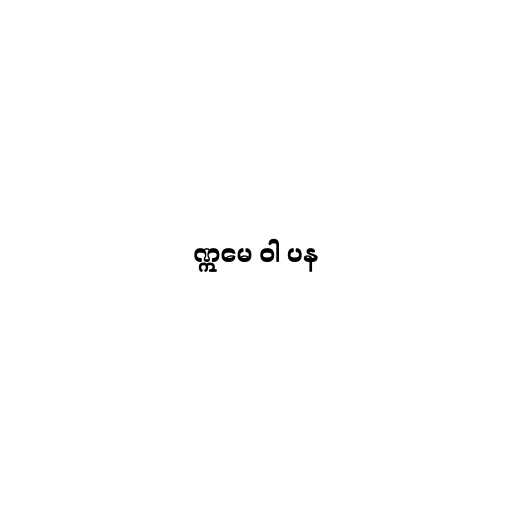
ဣမေ ဝါ ပန